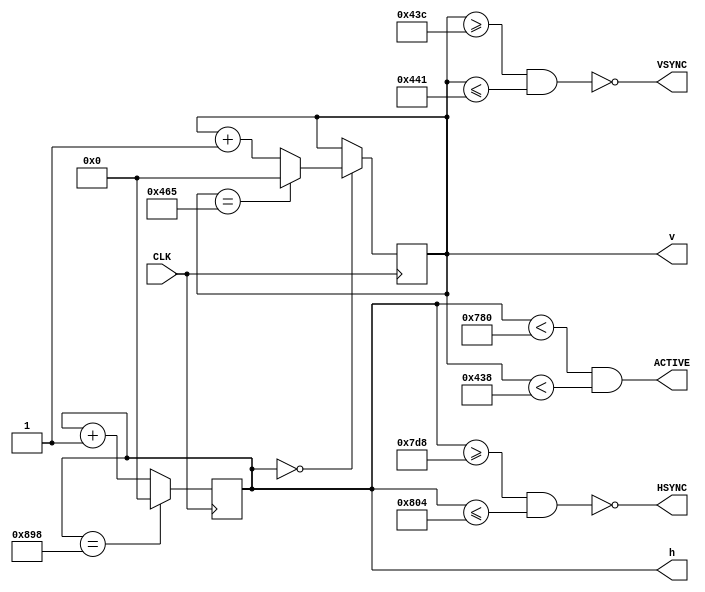
module sync(
    input               CLK,        // Pixel clock
    output              HSYNC,      // Horizontal sync pulse
    output              VSYNC,      // Vertical sync pulse
    output              ACTIVE,     // Active picture flag
    output reg [12:0]   h,          // Current horizontal position
    output reg [12:0]   v           // Current vertical position
);

    // 1080p HD Timing Parameters
    localparam H_ACTIVE = 1920;
    localparam H_FPORCH = 88;
    localparam H_SYNC_S = 2008;
    localparam H_SYNC_L = 44;
    localparam H_SYNC_E = 2052;
    localparam H_BPORCH = 148;
    localparam H_TOTAL  = 2200;
    localparam V_ACTIVE = 1080;
    localparam V_FPORCH = 4;
    localparam V_SYNC_S = 1084;
    localparam V_SYNC_L = 5;
    localparam V_SYNC_E = 1089;
    localparam V_BPORCH = 36;
    localparam V_TOTAL  = 1125;
    localparam PIX_FREQ = 148.5e6;

    // Update pixel position
    always @(posedge CLK) begin
        // Increment horizontal position
        // or reset if at last column in frame
        h <= h == H_TOTAL ? 0 : h + 1;

        // Increment vertical position after horizontal position reset
        // or reset if at last row in frame
        v = h == 0 ? (
            v == V_TOTAL ? 0 : v + 1
        ) : v;
    end


    // Generate horizontal and vertical sync pulses
    assign HSYNC  = ~( h >= H_SYNC_S && h <= H_SYNC_E );
    assign VSYNC  = ~( v >= V_SYNC_S && v <= V_SYNC_E );
    assign ACTIVE = h < H_ACTIVE && v < V_ACTIVE;

endmodule